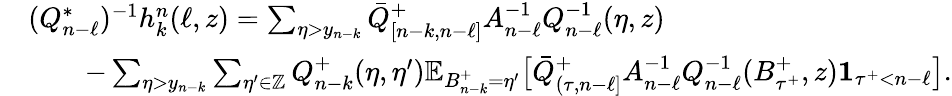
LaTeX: \begin{array}{rl}&{\textstyle(Q_{n-\ell}^{*})^{-1}h_{k}^{n}(\ell,z)=\sum_{\eta>y_{n-k}}\bar{Q}_{[n-k,n-\ell]}^{+}A_{n-\ell}^{-1}Q_{n-\ell}^{-1}(\eta,z)}\\ &{\textstyle\qquad-\sum_{\eta>y_{n-k}}\sum_{\eta^{\prime}\in\mathbb{Z}}Q_{n-k}^{+}(\eta,\eta^{\prime})\mathbb{E}_{B_{n-k}^{+}=\eta^{\prime}}\bigl[\bar{Q}_{(\tau,n-\ell]}^{+}A_{n-\ell}^{-1}Q_{n-\ell}^{-1}(B_{{\tau^{+}}}^{+},z)\mathbf{1}_{{\tau^{+}}<n-\ell}\bigr].}\end{array}